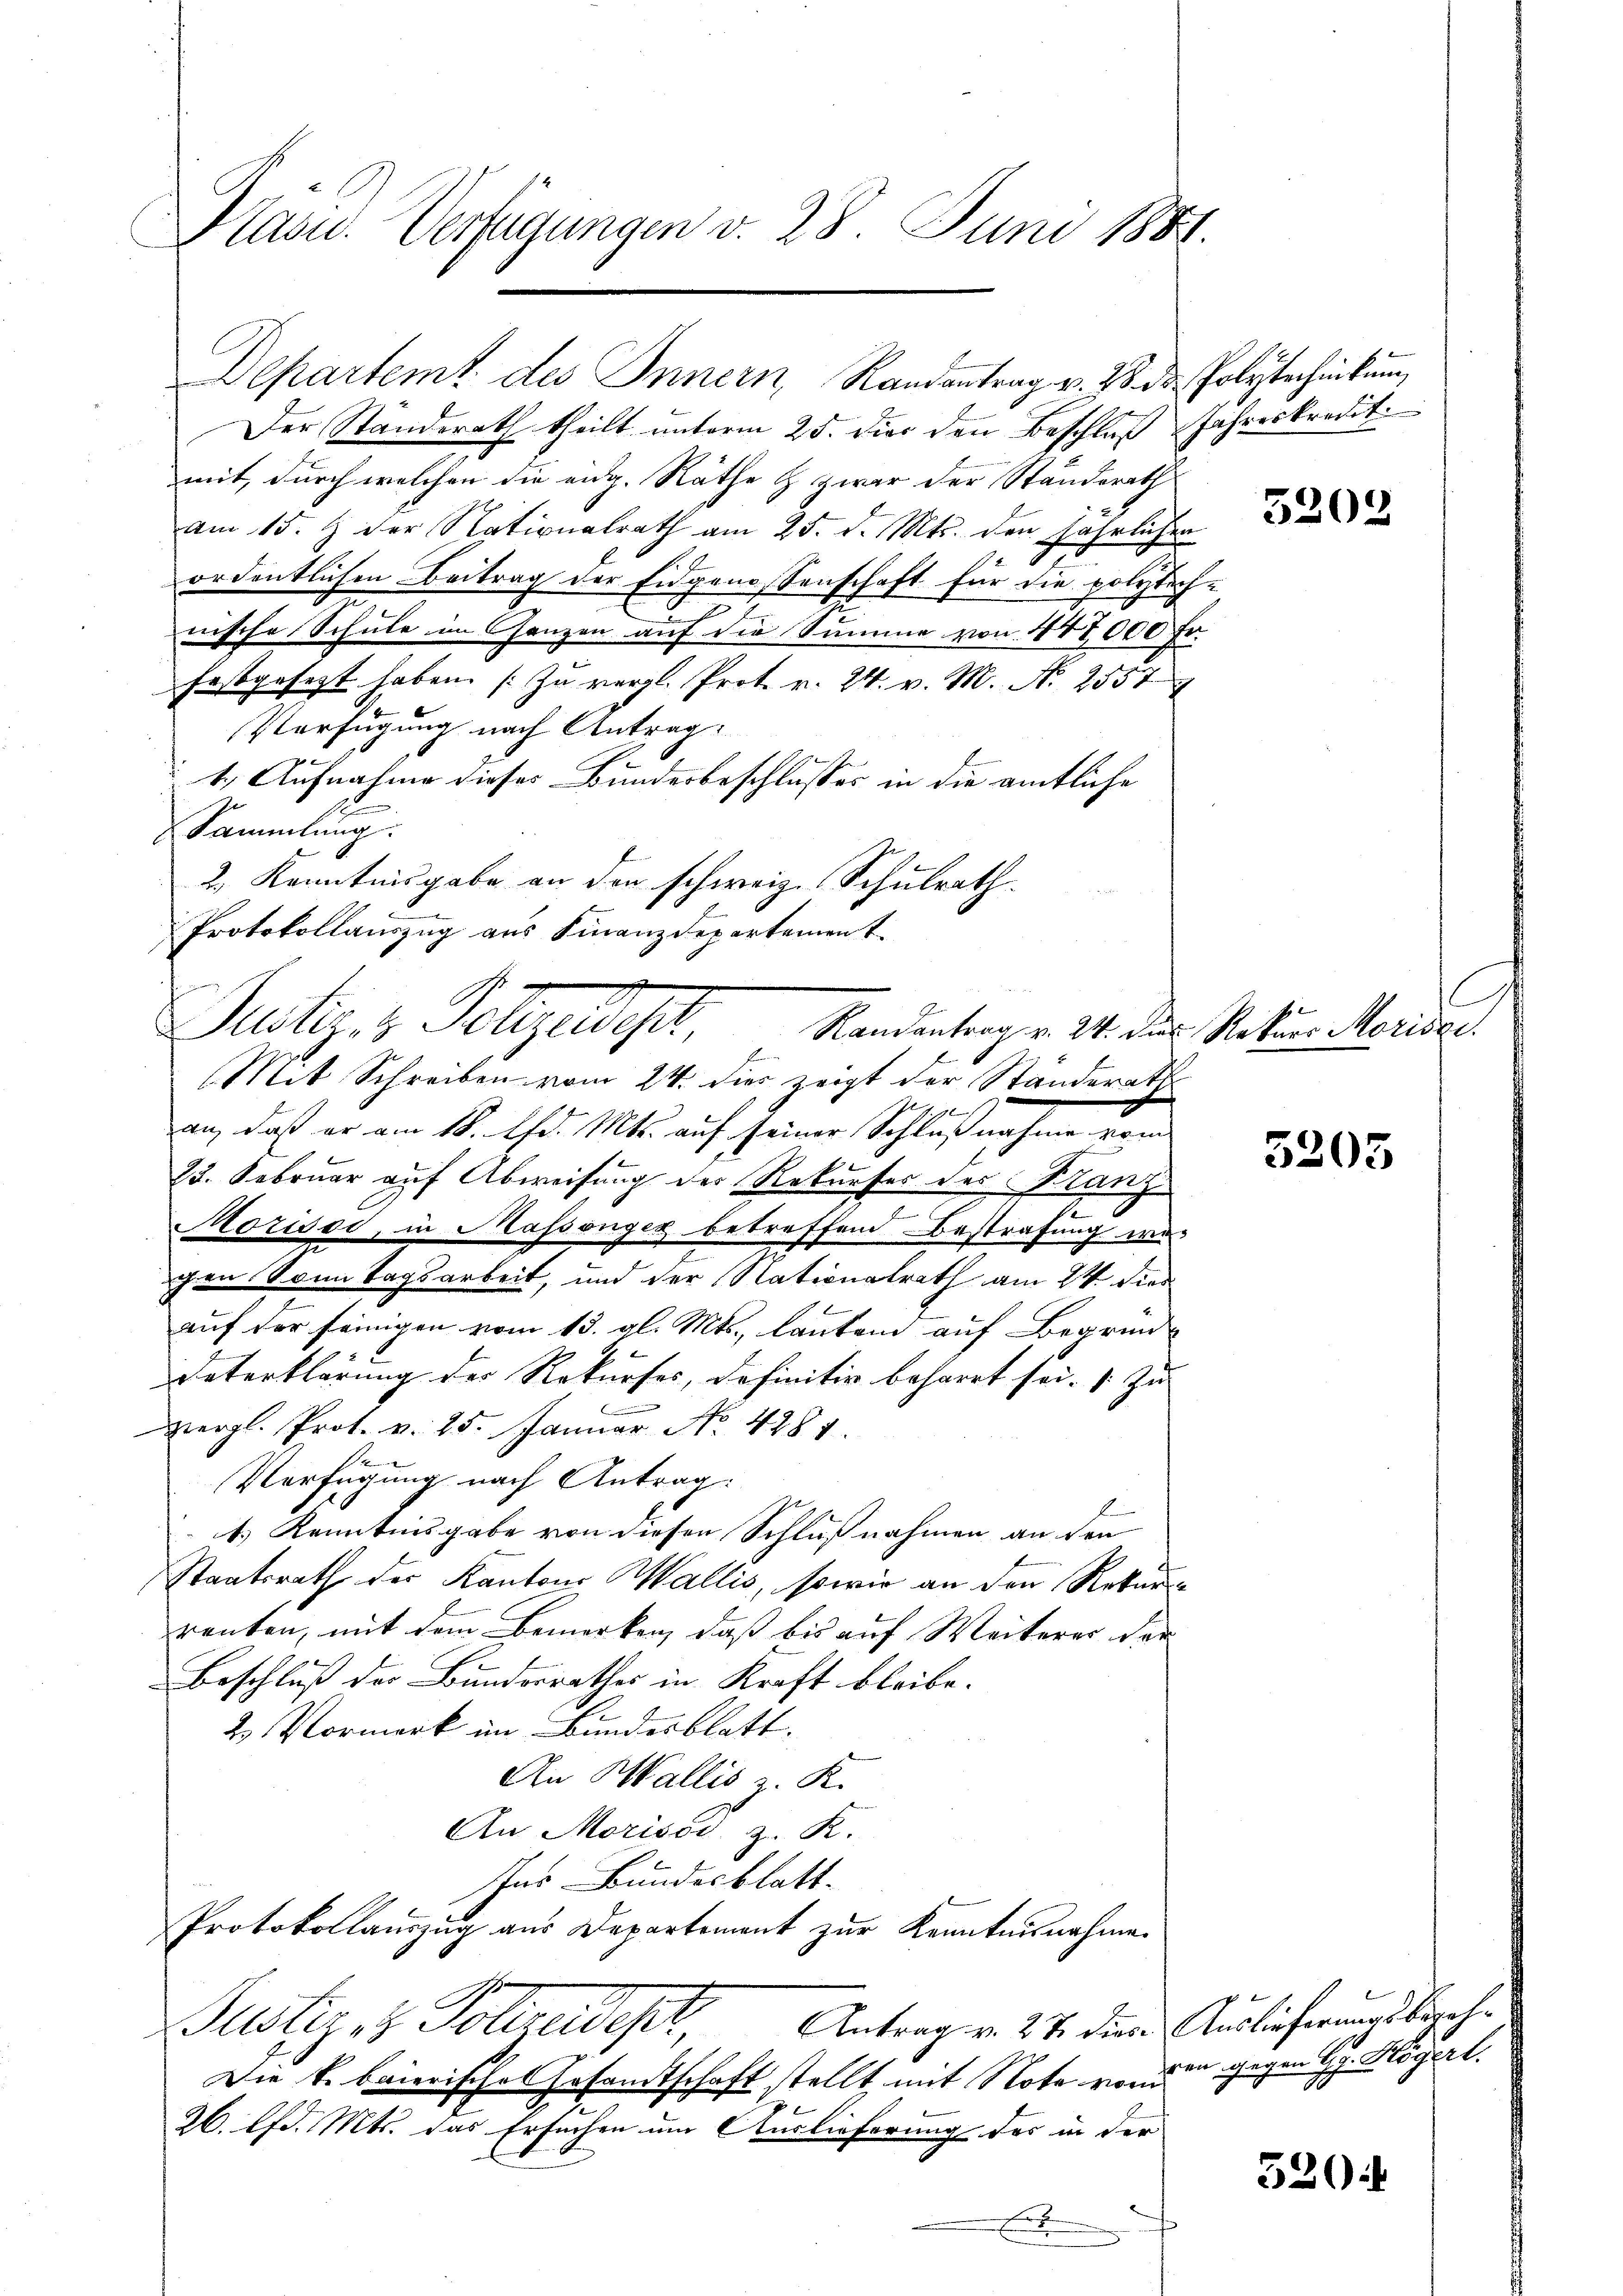
Präsid. Verfügungen v. 28. Juni 1881.

Der Standerath theilt unterm 25. der den Beschluß Jahreskredit.
mit, durch welchen die eidg. Räthe & zwar der Standerath
am 15. & der Nationalrath am 25. d. Mts. den jährlichen
ordentlichen Beitrag der Eigenessenschaft für die polytech
nische Schule im Ganzen auf die Summe von 447000 Fr.
festgesetzt haben. (Zu vergl. Prot. v. 24. v. M. N. 2557
Verfügung nach Antrag
1. Aufnahme dieses Bundesbeschlusses in die amtliche
Sammlung.
2.) Kenntnisgabe an den schweiz. Schulrath.
Protokollauszug aus Finanzdepartement.
e
an, daß er am 18. d. Mts. auf seiner Schlußnahme vom
23. Februar auf Abweisung der Rekurser des Kanz¬
Mozisoi, in Massonges betreffend Bestrafung we-
chen Sonntagsarbeit, und der Nationalrath am 24. dies
auf der seinigen vom 13. gl. Mts., lautem auf Begründ-
Unterklärung der Rekurses, definitiv beharrt sei. (Zu
ziergl. Prot. v. 25. Januar No. 4281.
Verfügung nach Antrag:
4.) Kenntnisgabe von diesen Schlußnahmen an den
Staatsrath der Kantons Wallis, sowie an den Rekurrenten, mit dem Bemerken, daß bis auf Weiteres der
Beschluß der Bundesrathes in Kraft bleibe.
2. Vormerk im Bundesblatt.
An Wallis z. K.
An Morissd z. R.
Ins Bundesblatt.
Protokollauszug aus Departement zur Kenntnisnahmen

Departemt des Innern, Randantrag v. 28. ds Polytechnikum

Justiz- & Polizeidiget,
e
Mit Schreiben vom 24. dies zeigt der Ständerath

Justiz & Polizeidep

Antrag v. 27. diese Auslieferungsbegeh¬
Die k. baierisches Ersamtschaft stellt mit Note von den gegen H. Hlögert.
26. lfd. Mts. das Ersuchen um Auslieferung des in der
x

Randantrag v. 24. das Rekurs Moritze.

2

5202

l

5205

520